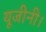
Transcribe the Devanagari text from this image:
यूजीनी।